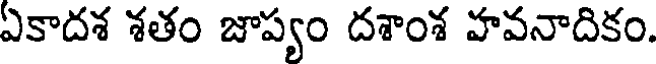
ఏకాదశ శతం జాప్యం దశాంశ హవనాదికం.